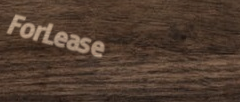
ForLease